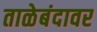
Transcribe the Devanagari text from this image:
ताळेबंदावर